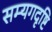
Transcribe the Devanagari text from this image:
सम्यगदृष्टि